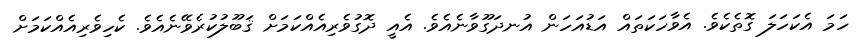
ހަމަ އެކަހަލަ ގޮތެކެވެ. އެވާހަކަތައް އަޑުއަހަން އުނދަގޫވާނެއެވެ. އެއީ ދޮގުވެރިއެއްކަމަށް ޤަބޫލުކުރެވޭނެއެވެ. ކެހިވެރިއެއްކަމަށް